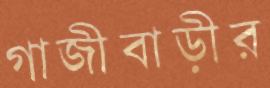
গাজীবাড়ীর